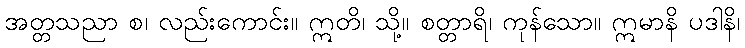
အတ္တသညာ စ၊ လည်းကောင်း။ ဣတိ၊ သို့။ စတ္တာရိ၊ ကုန်သော။ ဣမာနိ ပဒါနိ၊